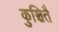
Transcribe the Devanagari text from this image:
कुञ्चितै